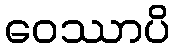
ဝေဿာပိ